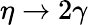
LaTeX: \eta\rightarrow 2\gamma